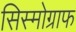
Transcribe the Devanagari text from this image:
सिस्मोग्राफ